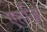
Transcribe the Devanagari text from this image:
एतज़ि